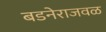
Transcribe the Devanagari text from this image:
बडनेराजवळ